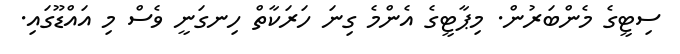
ސިޓީގެ މެންބަރުން. މިޕާޓީގެ އެންމެ ގިނަ ހަރަކާތް ހިނގަނީ ވެސް މި އައްޑޫގައި.